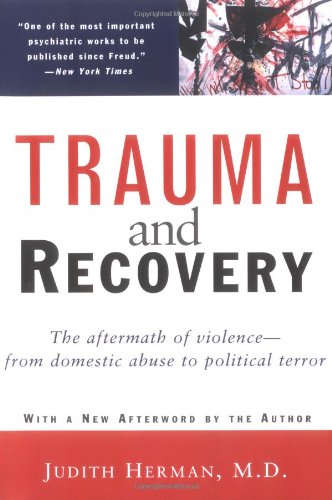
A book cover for Trauma and Recovery: The Aftermath of Violence--from Domestic Abuse to Political Terror; Judith Herman; Self-Help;